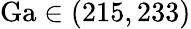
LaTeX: \mathrm{Ga}\in(215,233)